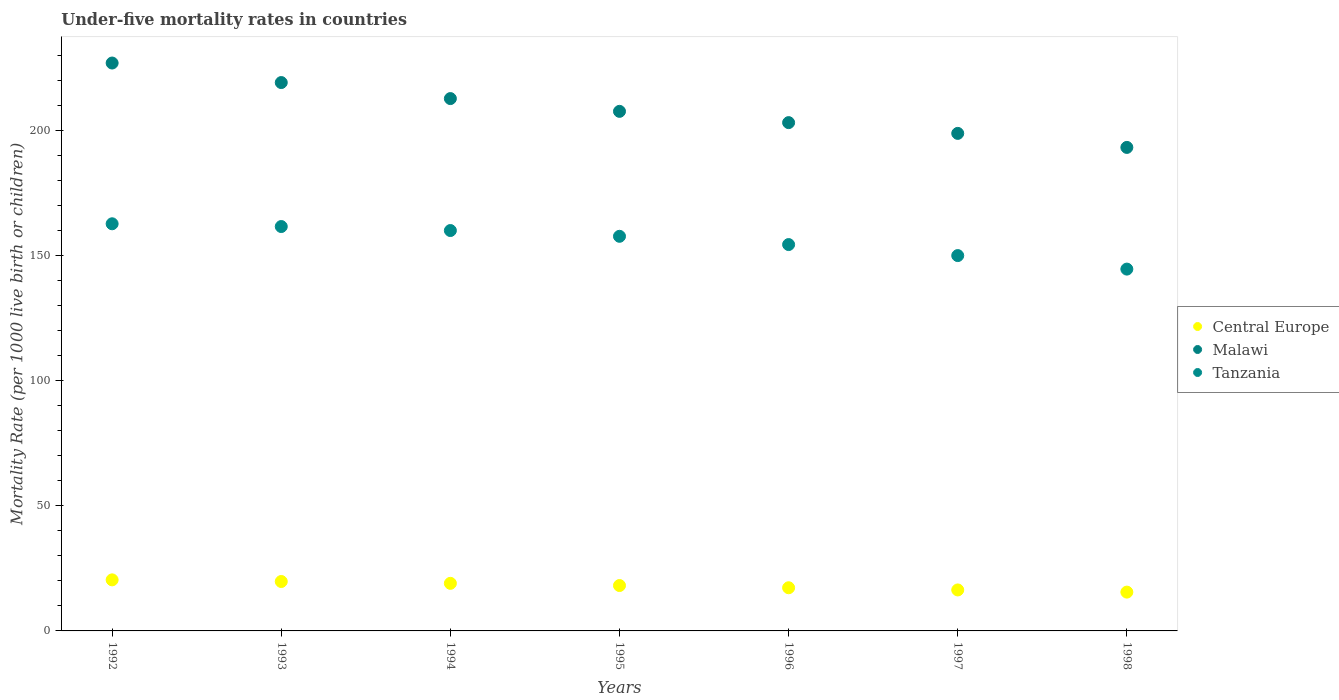
| Years | Central Europe | Malawi | Tanzania |
 | --- | --- | --- | --- |
 | 1992 | 20.4 | 227 | 163 |
 | 1993 | 19.7 | 219 | 162 |
 | 1994 | 19 | 213 | 160 |
 | 1995 | 18.1 | 208 | 158 |
 | 1996 | 17.2 | 203 | 154 |
 | 1997 | 16.4 | 199 | 150 |
 | 1998 | 15.5 | 193 | 144 |